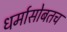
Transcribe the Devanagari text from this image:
धर्मासोबतच